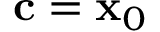
\mathbf { c } = \mathbf { x } _ { 0 }